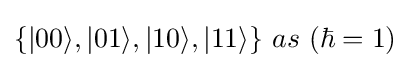
\{|00\rangle ,|01\rangle ,|10\rangle ,|11\rangle \}\ as\ (\hbar =1)